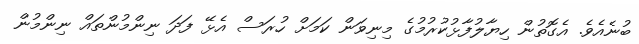
ބުނެއެވެ. އެގޮތުން ހިޔާލުފާޅުކުރުމުގެ މިނިވަން ކަމަށް ހުރަސް އެޅޭ ފަދަ ނިންމުންތައް ނިންމުން